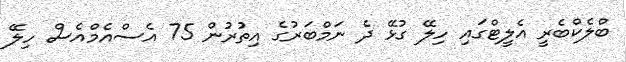
ބްލެކްބެރީ އެލީޓްގައި ހިލޭ ގުޅޭ ދެ ނަމްބަރުގެ އިތުރުން 75 އެސްއެމްއެސް ހިލޭ